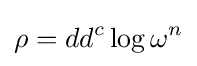
\rho =dd^{c}\log \omega ^{n}